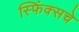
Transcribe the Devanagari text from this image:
स्फिंक्सचे